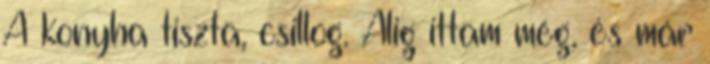
A konyha tiszta, csillog. Alig ittam még, és már